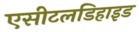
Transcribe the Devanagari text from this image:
एसीटलडिहाइड